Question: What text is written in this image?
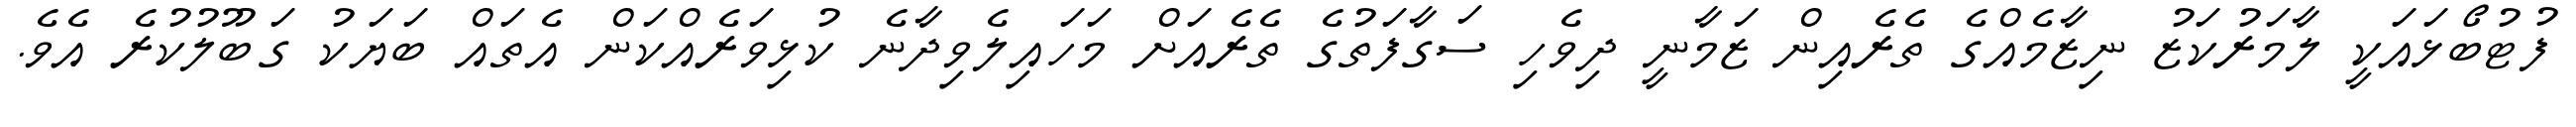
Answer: ފުޓުބޯޅައަކީ ލާމަރުކަޒު ނިޒާމެއްގެ ތެރެއިން ޒަމާނީ ދިވެހި ސަގާފަތުގެ ތެރެއަށް މަހައިލެވިދާނެ ކުޅިވަރެއްކަން އެތައް ބަޔަކު ގަބޫލުކުރެ އެވެ.